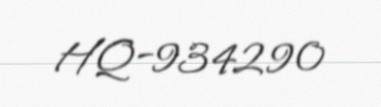
HQ-934290